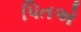
પિતએ